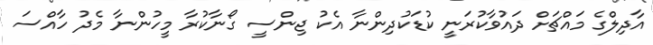
އާދިލްގެ މައްޗަށް ދައުވާކުރަނީ ކުޑަކުދިންނާ އެކު ޖިންސީ ގޯނާކުރާ މީހުންނާ މެދު ހާއްސަ